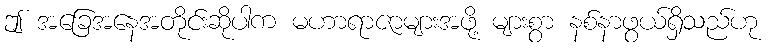
ဤ အခြေအနေအတိုင်းဆိုပါက မဟာရာဇာများအဖို့ များစွာ နစ်နာဖွယ်ရှိသည်ဟု